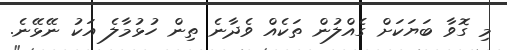
މި ގޮވާ ބަޔަކަށް ގެއްލުން ތަކެއް ވެދާނެ ތިން ހުޅުމާލެ އަކު ނޭޅޭނެ.